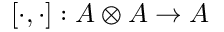
[ \cdot , \cdot ] : A \otimes A \rightarrow A